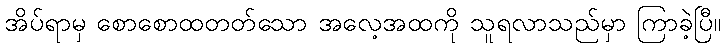
အိပ်ရာမှ စောစောထတတ်သော အလေ့အထကို သူရလာသည်မှာ ကြာခဲ့ပြီ။